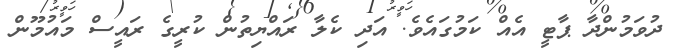
ދުވަމުންދާ ޕާޓީ އެއް ކަމުގައެވެ. އަދި ކެލާ ރައްޔިތުން ކުރީގެ ރައީސް މައުމޫން